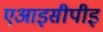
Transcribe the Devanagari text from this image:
एआइसीपीइ